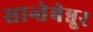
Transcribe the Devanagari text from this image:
सान्तेबेन्नूर